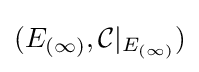
(E_{(\infty )},{\mathcal {C}}|_{E_{(\infty )}})